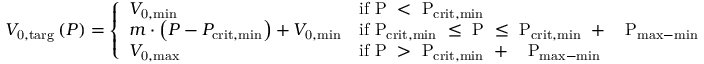
V _ { \mathrm { 0 , t a r g } } \left( P \right) = \left\{ \begin{array} { l l } { V _ { \mathrm { 0 , m i n } } } & { \mathrm { i f ~ P ~ < ~ P _ { \mathrm { c r i t , m i n } } ~ } } \\ { m \cdot \left( P - P _ { \mathrm { c r i t , m i n } } \right) + V _ { \mathrm { 0 , m i n } } } & { \mathrm { i f ~ P _ { \mathrm { c r i t , m i n } } ~ \leq ~ P ~ \leq ~ P _ { \mathrm { c r i t , m i n } } ~ + ~ \Delta ~ P _ { \mathrm { m a x - m i n } } ~ } } \\ { V _ { \mathrm { 0 , m a x } } } & { \mathrm { i f ~ P ~ > ~ P _ { \mathrm { c r i t , m i n } } ~ + ~ \Delta ~ P _ { \mathrm { m a x - m i n } } ~ } } \end{array} \right.